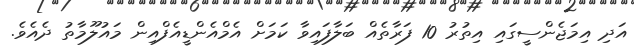
އަދި އިމަޖެންސީގައި އިތުރު 10 ފަރާތެއް ބަލާފައިވާ ކަމަށް އެމްއެންޑީއެފްއިން މައުލޫމާތު ދެއެވެ.